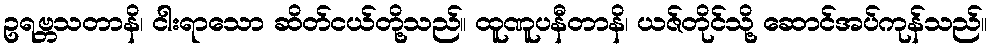
ဥရဗ္ဘသတာနိ၊ ငါးရာသော ဆိတ်ငယ်တို့သည်။ ထူဏူပနီတာနိ၊ ယဇ်တိုင်သို့ ဆောင်အပ်ကုန်သည်။